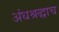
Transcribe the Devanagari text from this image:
अंधश्रद्धाच